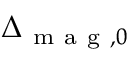
\Delta _ { \mathrm { ~ m ~ a ~ g ~ } , 0 }